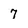
Character: 7